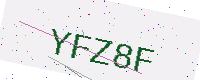
Text: YFZ8F